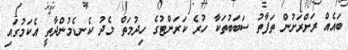
ބައެއް ރަށްރަށުން ތަފާތު ސަބަބުތަކާ ހުރެ ކަރަންޓުގެ ހިދުމަތް މެދު ކެނޑެމުންދާތީ އެކަމުގައި